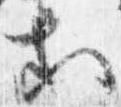
等